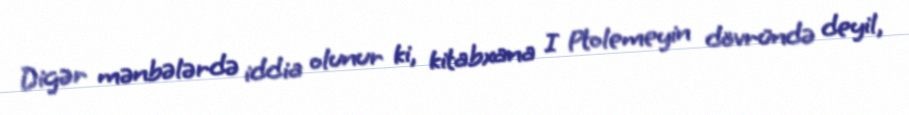
Digər mənbələrdə iddia olunur ki, kitabxana I Ptolemeyin dövründə deyil,